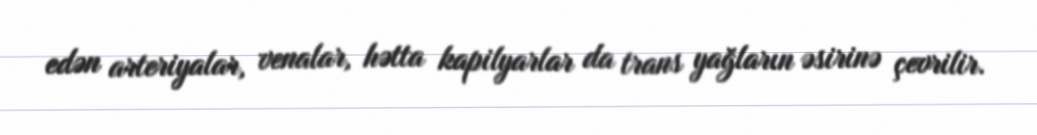
edən arteriyalar, venalar, hətta kapilyarlar da trans yağların əsirinə çevrilir.